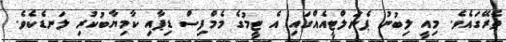
ތެރޭގައެވެ. މިއީ ލިބުނު ޕެނަލްޓީއެއްގައި އެ ޓީމުގެ މެމްފިސް ޑިޕާއި ކާމިޔާބުކުރި ލަނޑެކެވެ.